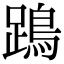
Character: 𨄙